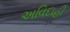
અવિદાહી